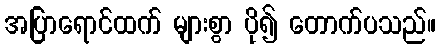
အပြာရောင်ထက် များစွာ ပို၍ တောက်ပသည်။